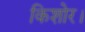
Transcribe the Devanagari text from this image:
किशोर।